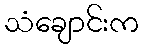
သံချောင်းက